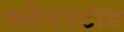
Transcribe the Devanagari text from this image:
फ्लैमस्टीड